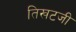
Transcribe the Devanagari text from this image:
तिखटजी